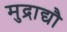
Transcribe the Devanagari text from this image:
मुद्राद्यौ